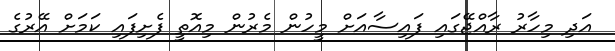
އަދި މިހާރު ރާއްޖޭގައި ފައިސާއަށް މީހުން މެރުން މިއޮތީ ފެށިފައި ކަމަށް އޭރުގެ